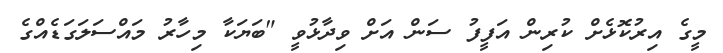
މީގެ އިރުކޮޅެށް ކުރިން އަފީފު ސަން އަށް ވިދާޅުވީ "ބަޔަކާ މިހާރު މައްސަލަގަޑެއްގެ